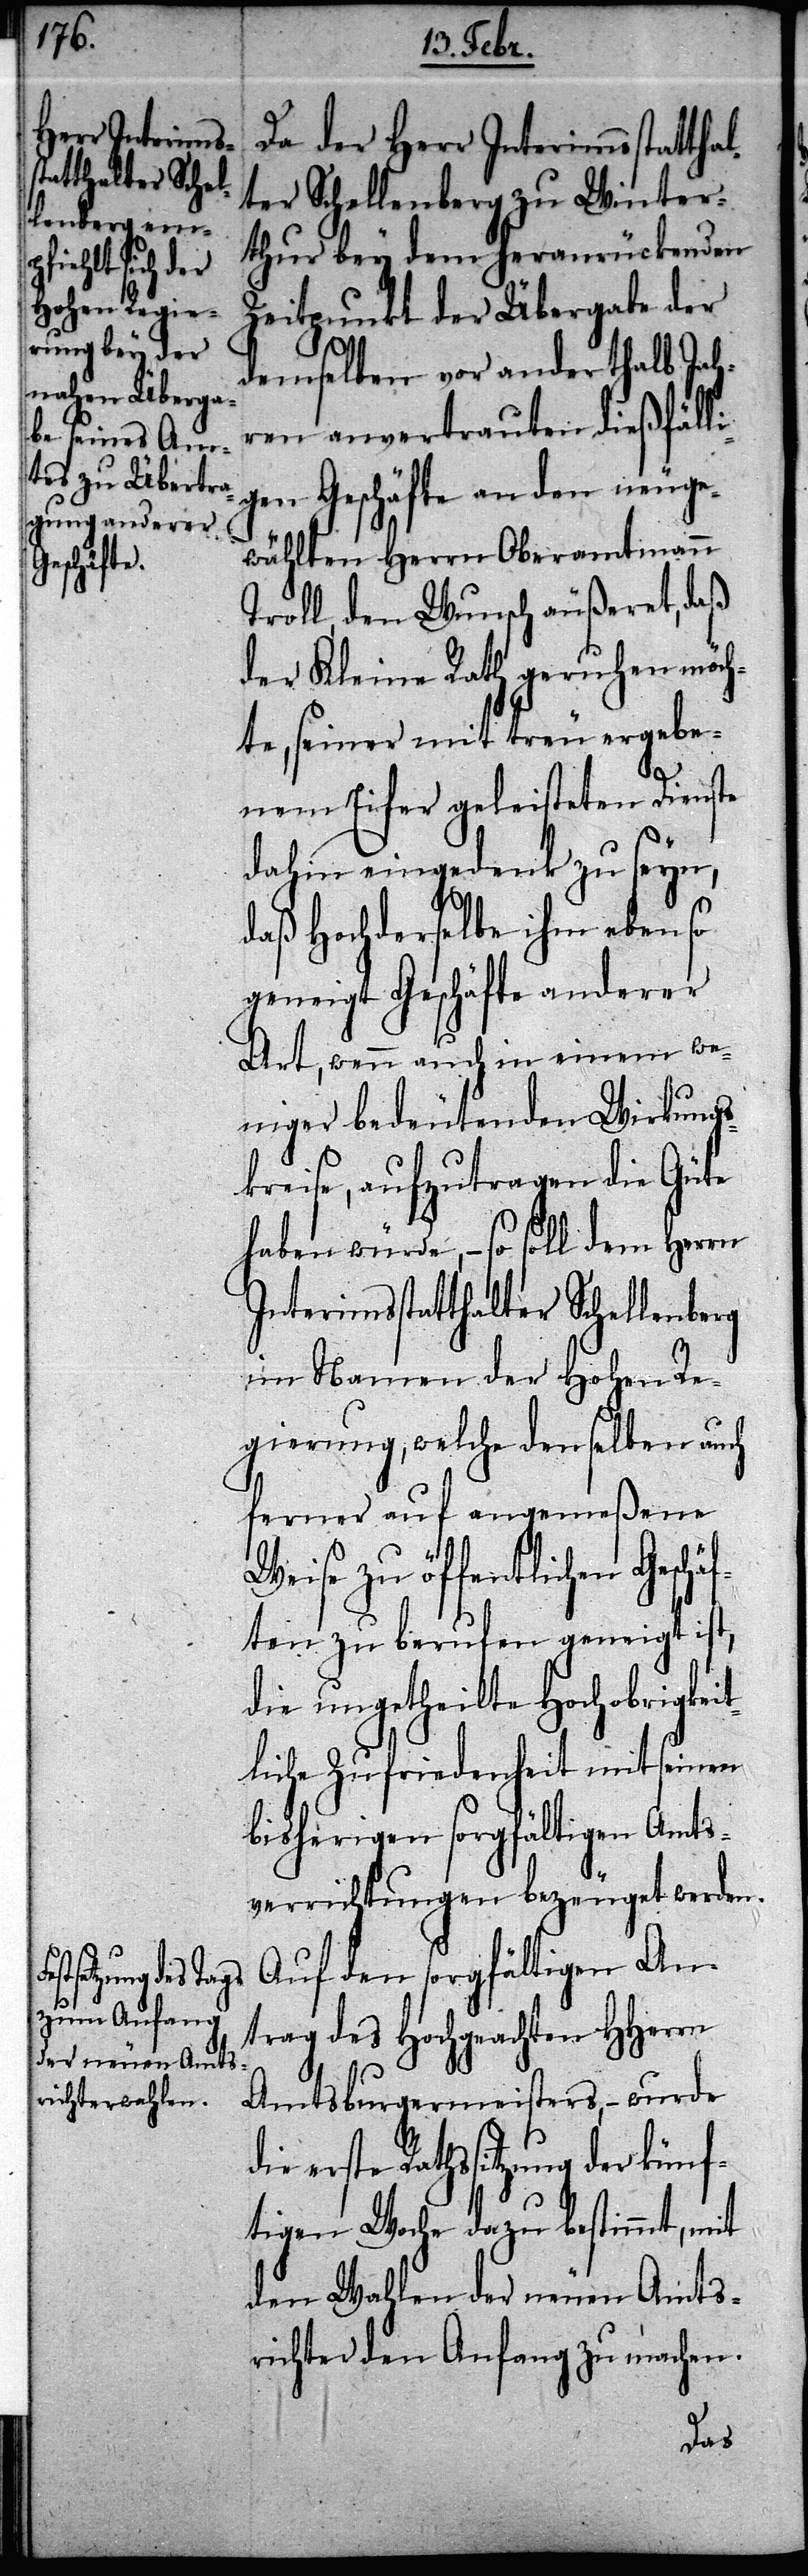
Da der Herr Interimsstatthal¬
ter Schellenberg zu Winter¬
thur bey dem heranrückenden
Zeitpunkt der Übergabe der
demselben vor anderthalb Jah¬
ren anvertrauten dießfälli¬
gen Geschäfte an den neuge¬
wählten Herrn Oberamtmann
Troll, den Wunsch äußert, daß
der Kleine Rath geruhen möch¬
te, seiner mit treu ergebe¬
nen Eifer geleisteten Dienste
dahin eingedenk zu seyn,
daß Hochderselbe ihm ebenso
geneigt Geschäfte anderer
Art, wenn auch in einem we¬
niger bedeutenden Wirkungs¬
kreise, aufzutragen die Güte
haben würde, – so soll dem Herrn
Interimsstatthalter Schellenberg
im Namen der Hohen Re¬
gierung, welche denselben auch
ferner auf angemeßene
Weise zu öffentlichen Geschä¬
ften zu berufen geneigt ist,
die ungetheilte Hochobrigkei¬
tliche Zufriedenheit mit seinem
bisherigen sorgfältigen Amts¬
verrichtungen bezeuget werden.
Auf den sorgfältigen An¬
trag des Hochgeachten HHerrn
Amtsburgermeisters, – wurde
erste Rathssitzung der künf¬
tigen Woche dazu bestimmt, mit
den Wahlen der neuen Amts¬
richter den Anfang zu machen.